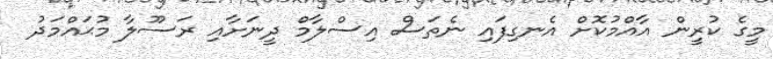
މީގެ ކުރީން އާއްމުކޮށް އެނގިފައި ނެތަސް އިސްލާމް ދީނަށާއި ރަސޫލާ މުޙައްމަދު